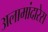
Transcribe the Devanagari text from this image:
अलामांदारेस